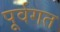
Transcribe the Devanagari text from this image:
पूर्वगत